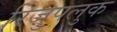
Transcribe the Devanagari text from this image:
रिजुपलुक